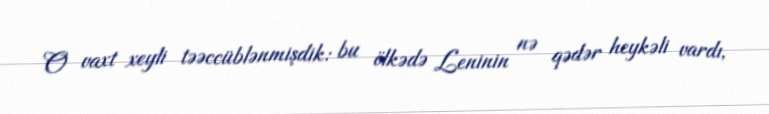
O vaxt xeyli təəccüblənmişdik: bu ölkədə Leninin nə qədər heykəli vardı,